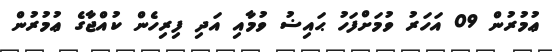
ޢުމުރުން 09 އަހަރު ވުމަށްފަހު ޙައިޟު ވުމާއި އަދި ފިރިހެން ކުއްޖާގެ ޢުމުރުން